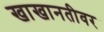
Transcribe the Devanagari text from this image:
खाखानतीवर